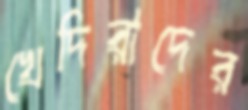
খেদিরাদের